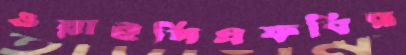
ওয়াইপিএফবির